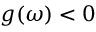
g ( \omega ) < 0